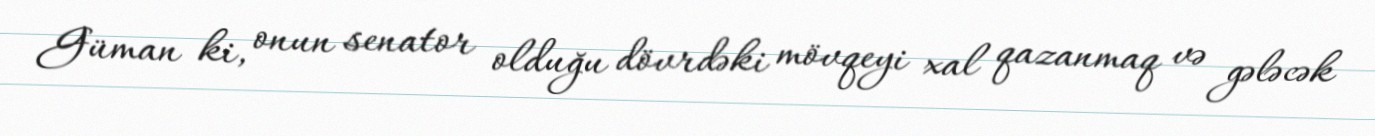
Güman ki, onun senator olduğu dövrdəki mövqeyi xal qazanmaq və gələcək